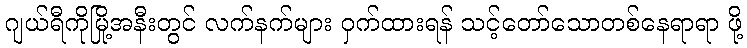
ဂျယ်ရီကိုမြို့အနီးတွင် လက်နက်များ ဝှက်ထားရန် သင့်တော်သောတစ်နေရာရာ ဖို့